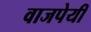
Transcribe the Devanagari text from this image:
वाजपेयीं